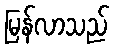
မြန်လာသည်